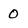
Character: 0